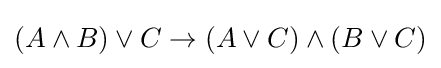
(A\land B)\lor C\to (A\lor C)\land (B\lor C)